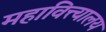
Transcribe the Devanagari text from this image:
महावित्त्यालय